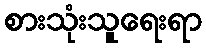
စားသုံးသူရေးရာ